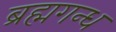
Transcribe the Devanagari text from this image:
ब्रह्मगन्ध